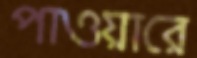
পাওয়ারে